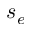
s _ { e }